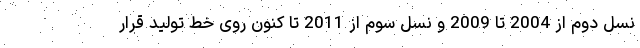
نسل دوم از 2004 تا 2009 و نسل سوم از 2011 تا کنون روی خط تولید قرار